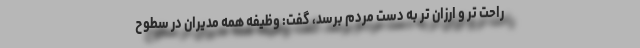
راحت تر و ارزان تر به دست مردم برسد، گفت: وظیفه همه مدیران در سطوح